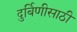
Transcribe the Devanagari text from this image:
दुर्बिणीसाठी